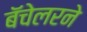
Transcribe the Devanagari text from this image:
बॅचेलरने